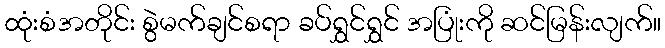
ထုံးစံအတိုင်း စွဲမက်ချင်စရာ ခပ်ရွှင်ရွှင် အပြုံးကို ဆင်မြန်းလျက်။